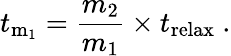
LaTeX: t_{\mathrm{m_{1}}}={\frac{m_{2}}{m_{1}}}\times t_{\mathrm{relax}}\ .